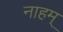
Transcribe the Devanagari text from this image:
नाहम्